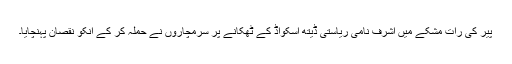
پیر کی رات مشکے میں اشرف نامی ریاستی ڈیتھ اسکواڈ کے ٹھکانے پر سرمچاروں نے حملہ کر کے انکو نقصان پہنچایا۔